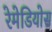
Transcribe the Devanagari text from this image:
रेमेडियोस